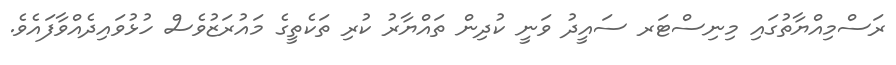
ރަސްމިއްޔާތުގައި މިނިސްޓަރ ސައީދު ވަނީ ކުދިން ތައްޔާރު ކުރި ތަކެތީގެ މައުރަޒުވެސް ހުޅުވައިދެއްވާފައެވެ.